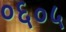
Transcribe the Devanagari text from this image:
०६०५